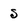
Character: s